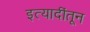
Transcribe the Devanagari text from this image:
इत्यादींतून